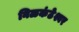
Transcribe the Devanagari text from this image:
निळकंठेश्वर